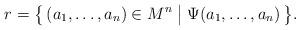
LaTeX: \begin{align*}r = \bigl\{\, (a_1,\dotsc,a_n) \in M^n \bigm| \Psi(a_1,\dotsc,a_n) \,\bigr\}.\end{align*}